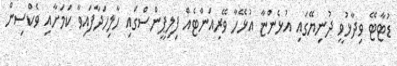
ޑުޓާޓޭ ވިދާޅުވީ ދުނިޔޭގައި އުޅެންޏާ އުޅޭހާ ވޭރިއަންޓެއް ފިލިޕީންސްގައި ހާލިހަދާފައިވާ ކަމަށާއި ވެކްސިން